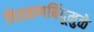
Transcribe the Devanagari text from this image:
वितळणबिंदूमुळे